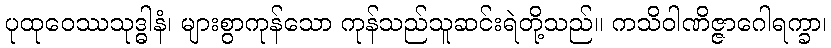
ပုထုဝေဿသုဒ္ဓါနံ၊ များစွာကုန်သော ကုန်သည်သူဆင်းရဲတို့သည်။ ကသိဝါဏိဇ္ဇာဂေါရက္ခာ၊